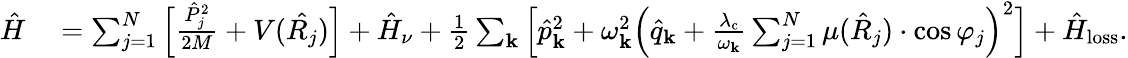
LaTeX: \begin{array}{rl}{\hat{H}}&{{}=\sum_{j=1}^{N}\Big[\frac{\hat{P}_{j}^{2}}{2M}+V(\hat{R_{j}})\Big]+\hat{H}_{\nu}+\frac{1}{2}\sum_{\mathbf{k}}\Big[\hat{p}_{\mathrm{\mathbf{k}}}^{2}+\omega_{\mathbf{k}}^{2}\Big(\hat{q}_{\mathrm{\mathbf{k}}}+{\frac{\lambda_{\mathrm{c}}}{\omega_{\mathbf k}}}\sum_{j=1}^{N}\mu(\hat{R}_{j})\cdot\cos\varphi_{j}\Big)^{2}\Big]+\hat{H}_{\mathrm{loss}}.}\end{array}